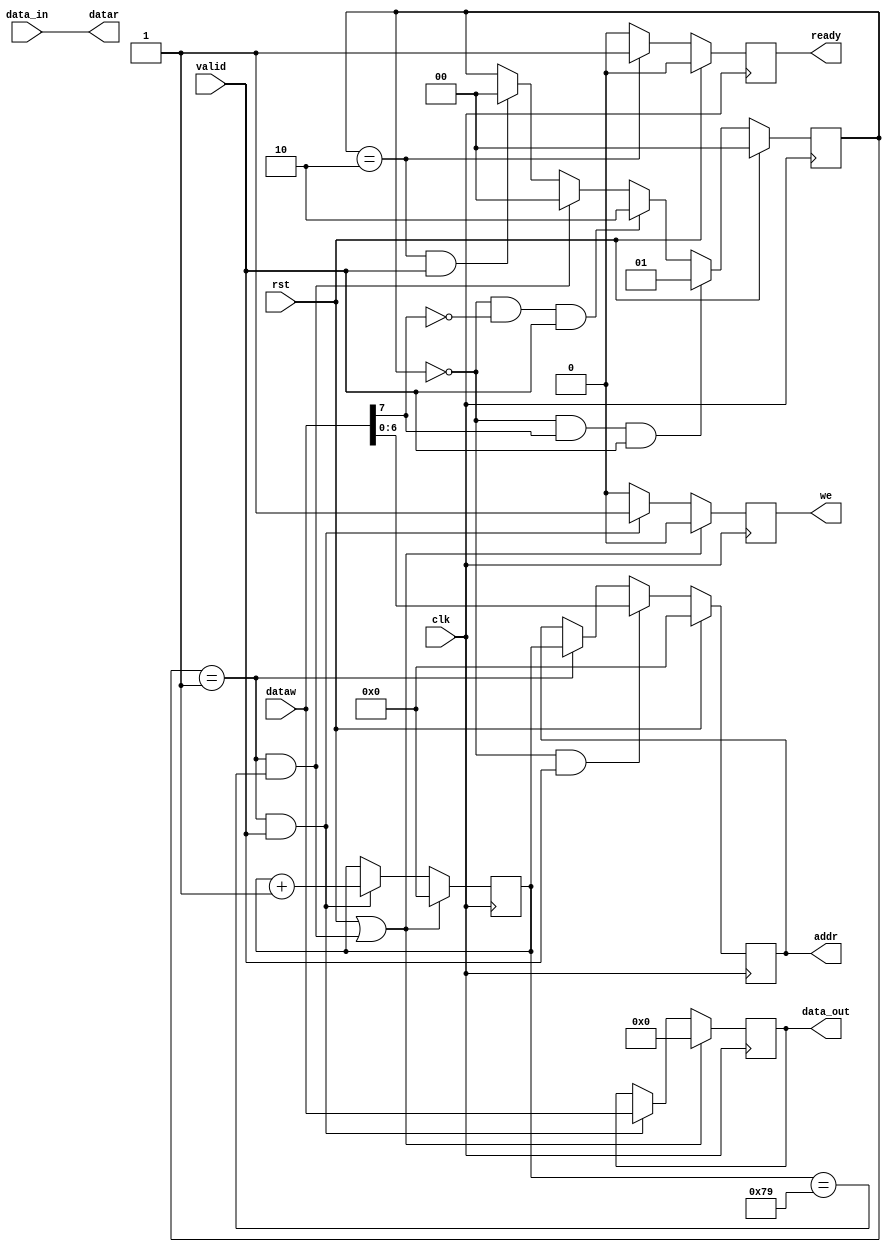
/**********************************************************************
 * Modified by Edward Silva 
 * Last Rev.: 05-24-2021
 * SPI SLAVE INTERFACE for FPGA implementation of Inference Neural Network
 **********************************************************************/
//`timescale 1ns / 1ps
module access_controller #(parameter size_word = 8, parameter nregwr = 121, parameter nregr = 1)//You have 122 register on the bank. 121 for write and 1 for read 
	(
	input clk,
	input rst,

	output  reg we, // Indicate if it's write mode (we=1) or read mode (we=0)
	output reg [size_word-1:0]data_out,//The data to write on registers bank
	output reg [$clog2(nregwr+nregr)-1:0]addr,// Address to write or read
	input [size_word-1:0]data_in,//The data to read from registers bank.

	output reg ready,
	output [size_word-1:0]datar, //The data that will read and send to the Master(PC)
	input [size_word-1:0]dataw, //Added a bit more to indicate if will write or read on register banks. The MSB don't care.
	input valid // Indicates id everything is working properly.
		);
	localparam adrr_s = 0;
	localparam write = 1;
	localparam read = 2;
	//localparam burst=3;
	
	reg [$clog2(nregwr)-1:0]write_cnt;
	reg [1:0] state;
	always @(posedge clk) begin
		if(rst)begin
			state <= adrr_s;
		end
		else if( state==adrr_s & dataw[size_word-1] & valid)begin // If data sent has MSB equal to 1 then, to move to Write state
			state <= write;
		end
		else if( state==adrr_s & ~dataw[size_word-1] & valid)begin //If data sent has MSB equal to 0 then, to move to Write state
			state <= read;
		end
		else if( state==write & write_cnt==(nregwr) )begin
			state<=adrr_s;		
		end
		else if( state==read & valid )begin
			state <= adrr_s;
		end
	end
	//reg read_we;
	//reg write_we;
	//assign we = single_we;
    assign datar = data_in;
	always @(posedge clk) begin

		//****sampling address*******
		if(rst)
			addr <= 0;
		else if( state==adrr_s & valid)
			addr <= dataw[$clog2(nregwr+nregr)-1:0]; // Requiero 8 bits para ubicar los registros
			
		else if (state==write)
			addr <= write_cnt;
		//*********************	
		//****Read transaction actions**
		if(rst)begin
			ready <= 0;
		end 
		else if(state==read)begin
			ready <= 1;
		end
		else
			ready <= 0;
		//**************
		//****Write transaction actions**
		if(rst | state==write & write_cnt==(nregwr) )begin
			write_cnt <= 0;
			data_out <= 0;
			we <= 0;
		end
		else if(state==write & valid )begin
			write_cnt <= write_cnt + 1;
			we  <= 1 ;
			data_out <= dataw;
		end
		else 
			we <= 0;

		//*******************************
	end
endmodule